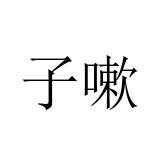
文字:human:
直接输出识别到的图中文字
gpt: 子嗽